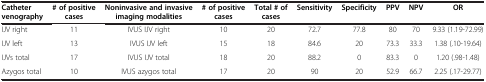
| Catheter venography | # of positive cases | Noninvasive and invasive imaging modalities | # of positive cases | Total # of cases | Sensitivity | Specificity | PPV | NPV | OR |
 | --- | --- | --- | --- | --- | --- | --- | --- | --- | --- |
 | IJV right | 11 | IVUS IJV right | 10 | 20 | 72.7 | 77.8 | 80 | 70 | 9.33 (1.19-72.99) |
 | IJV left | 13 | IVUS IJV left | 15 | 18 | 84.6 | 20 | 73.3 | 33.3 | 1.38 (.10-19.64) |
 | IJVs total | 17 | IVUS IJV total | 18 | 20 | 88.2 | 0 | 83.3 | 0 | 1.20 (.98-1.48) |
 | Azygos total | 10 | IVUS azygos total | 17 | 20 | 90 | 20 | 52.9 | 66.7 | 2.25 (.17-29.77) |